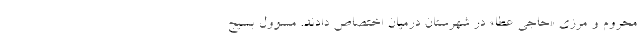
محروم و مرزی «حاجی عطا» در شهرستان درمیان اختصاص دادند. مسوول بسیج